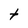
Character: t